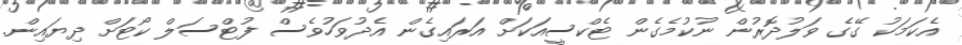
އެކަމަކު ގޭގެ ވަލުދޮރުން ނުކުމެގެން ޓެކްސީއަކަށް އަރައިގެން އެދުވަހުވެސް ފުޓްސަލް ކޯޓަށް ދިޔައިން.